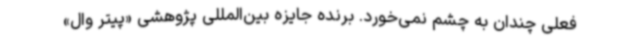
فعلی چندان به چشم نمی‌خورد. برنده جایزه بین‌المللی پژوهشی «پیتر وال»